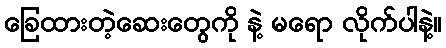
ခြေထားတဲ့ဆေးတွေကို နဲ့ မရော လိုက်ပါနဲ့။